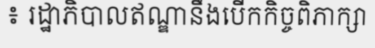
៖ រដ្ឋាភិបាលឥណ្ឌានឹងបើកកិច្ចពិភាក្សា